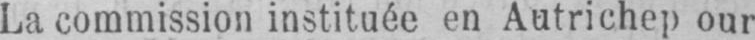
La commission instituée en Autrichep our